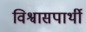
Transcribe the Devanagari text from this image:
विश्वासपार्थी